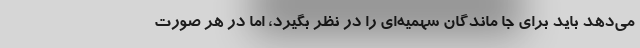
می‌دهد باید برای جا ماندگان سهمیه‌ای را در نظر بگیرد، اما در هر صورت